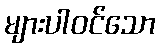
များပါဝင်သော